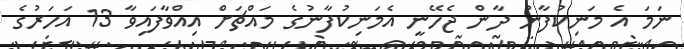
ނަމަ އެ މަނިކުފާނު ދާން ޖެހޭނީ އެމަނިކުފާނުގެ މައްޗަށް އިއްވާފައިވާ 13 އަހަރުގެ